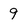
Character: 9